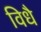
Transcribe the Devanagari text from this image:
विधै